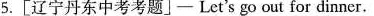
5.[辽宁丹东中考考题]—Let's go out for dinner.